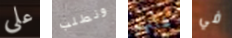
على ونطلب شأنهم في